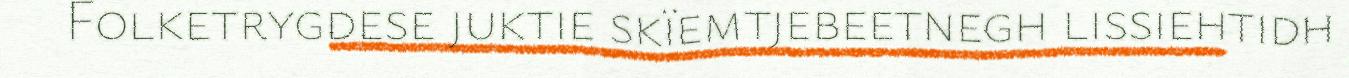
Folketrygdese juktie skïemtjebeetnegh lissiehtidh